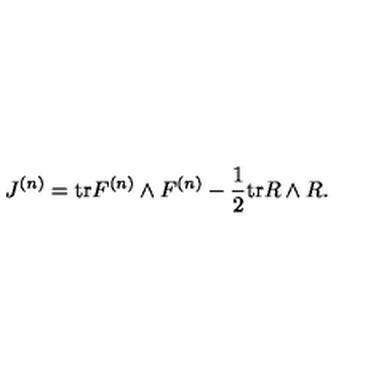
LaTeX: J ^ { ( n ) } = \mathrm { t r } F ^ { ( n ) } \wedge F ^ { ( n ) } - \frac { 1 } { 2 } \mathrm { t r } R \wedge R .